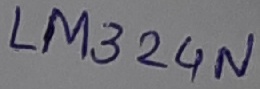
Text: LM324N